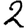
Digit: 2